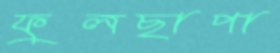
ফুলছাপা